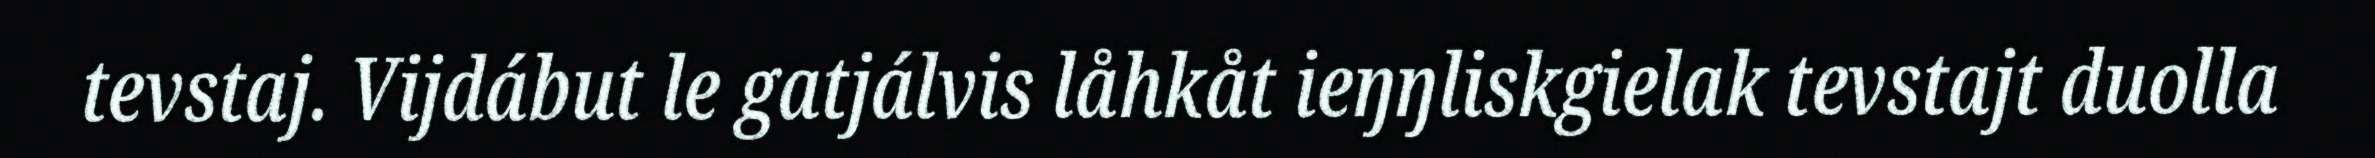
tevstaj. Vijdábut le gatjálvis låhkåt ieŋŋliskgielak tevstajt duolla